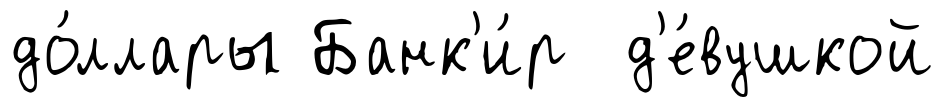
до́ллары Банк'и́р д'е́вушкой